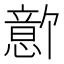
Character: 𪬫